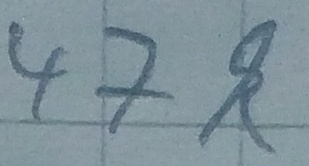
Text: 47k